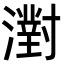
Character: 濧